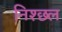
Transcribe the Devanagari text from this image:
निश्छ्ल